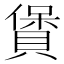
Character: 賲